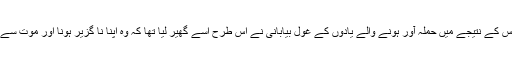
اس خواب اور اس کے نتیجے میں حملہ آور ہونے والے یادوں کے غول بیابانی نے اس طرح اسے گھیر لیا تھا کہ وہ اپنا نا گزیر ہونا اور موت سے لڑنا بھول گئی۔